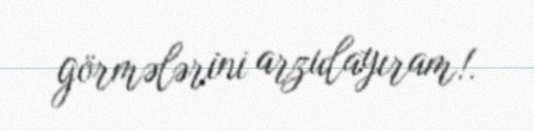
görmələrini arzulayıram!.